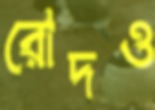
রোদও